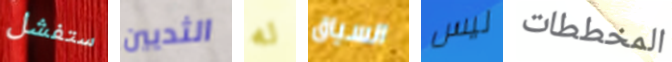
ستفشل الثديين له السياق ليس المخططات